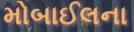
મોબાઈલના